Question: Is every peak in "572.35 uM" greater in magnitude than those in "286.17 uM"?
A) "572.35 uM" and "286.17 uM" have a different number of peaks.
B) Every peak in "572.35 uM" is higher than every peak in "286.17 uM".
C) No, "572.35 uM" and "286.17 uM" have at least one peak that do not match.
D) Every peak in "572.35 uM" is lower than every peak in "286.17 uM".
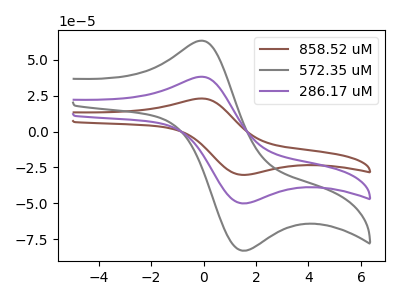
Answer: <think>The brown curve "858.52 uM" has an anodic peak at (-0.15V, 76.30uA) and a cathodic peak at (1.45V, -100.05uA). The gray curve "572.35 uM" has an anodic peak at (-0.15V, 63.25uA) and a cathodic peak at (1.45V, -82.95uA). The purple curve "286.17 uM" has an anodic peak at (-0.15V, 38.15uA) and a cathodic peak at (1.45V, -50.00uA).</think>
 <answer>B) Every peak in "572.35 uM" is higher than every peak in "286.17 uM".</answer>
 <eval>B</eval>